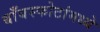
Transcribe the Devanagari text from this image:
बाँबस्फोटांमध्ये